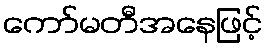
ကော်မတီအနေဖြင့်